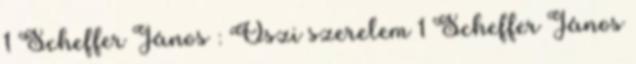
1 Scheffer János : Őszi szerelem 1 Scheffer János